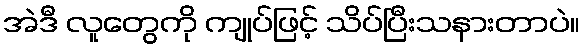
အဲဒီ လူတွေကို ကျုပ်ဖြင့် သိပ်ပြီးသနားတာပဲ။